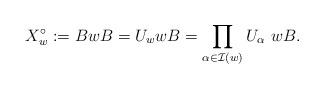
LaTeX: \begin{align*}X_w^{\circ} := BwB = U_w wB = \prod_{\alpha \in {\mathcal I}(w)} U_{\alpha}\,\,wB.\end{align*}